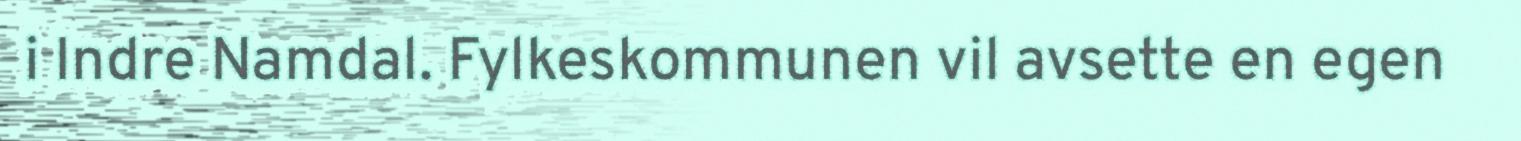
i Indre Namdal. Fylkeskommunen vil avsette en egen